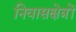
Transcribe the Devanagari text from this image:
निवासक्षेत्रों